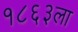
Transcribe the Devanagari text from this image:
१८६३ला